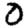
Digit: 0